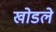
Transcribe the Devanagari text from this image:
खोडले